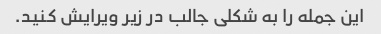
این جمله را به شکلی جالب در زیر ویرایش کنید.